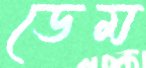
ডেম